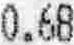
0.68